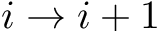
i \rightarrow i + 1